NASA-UAP-D4, Apollo 11 Technical Crew Debriefing, 1969
Page 11
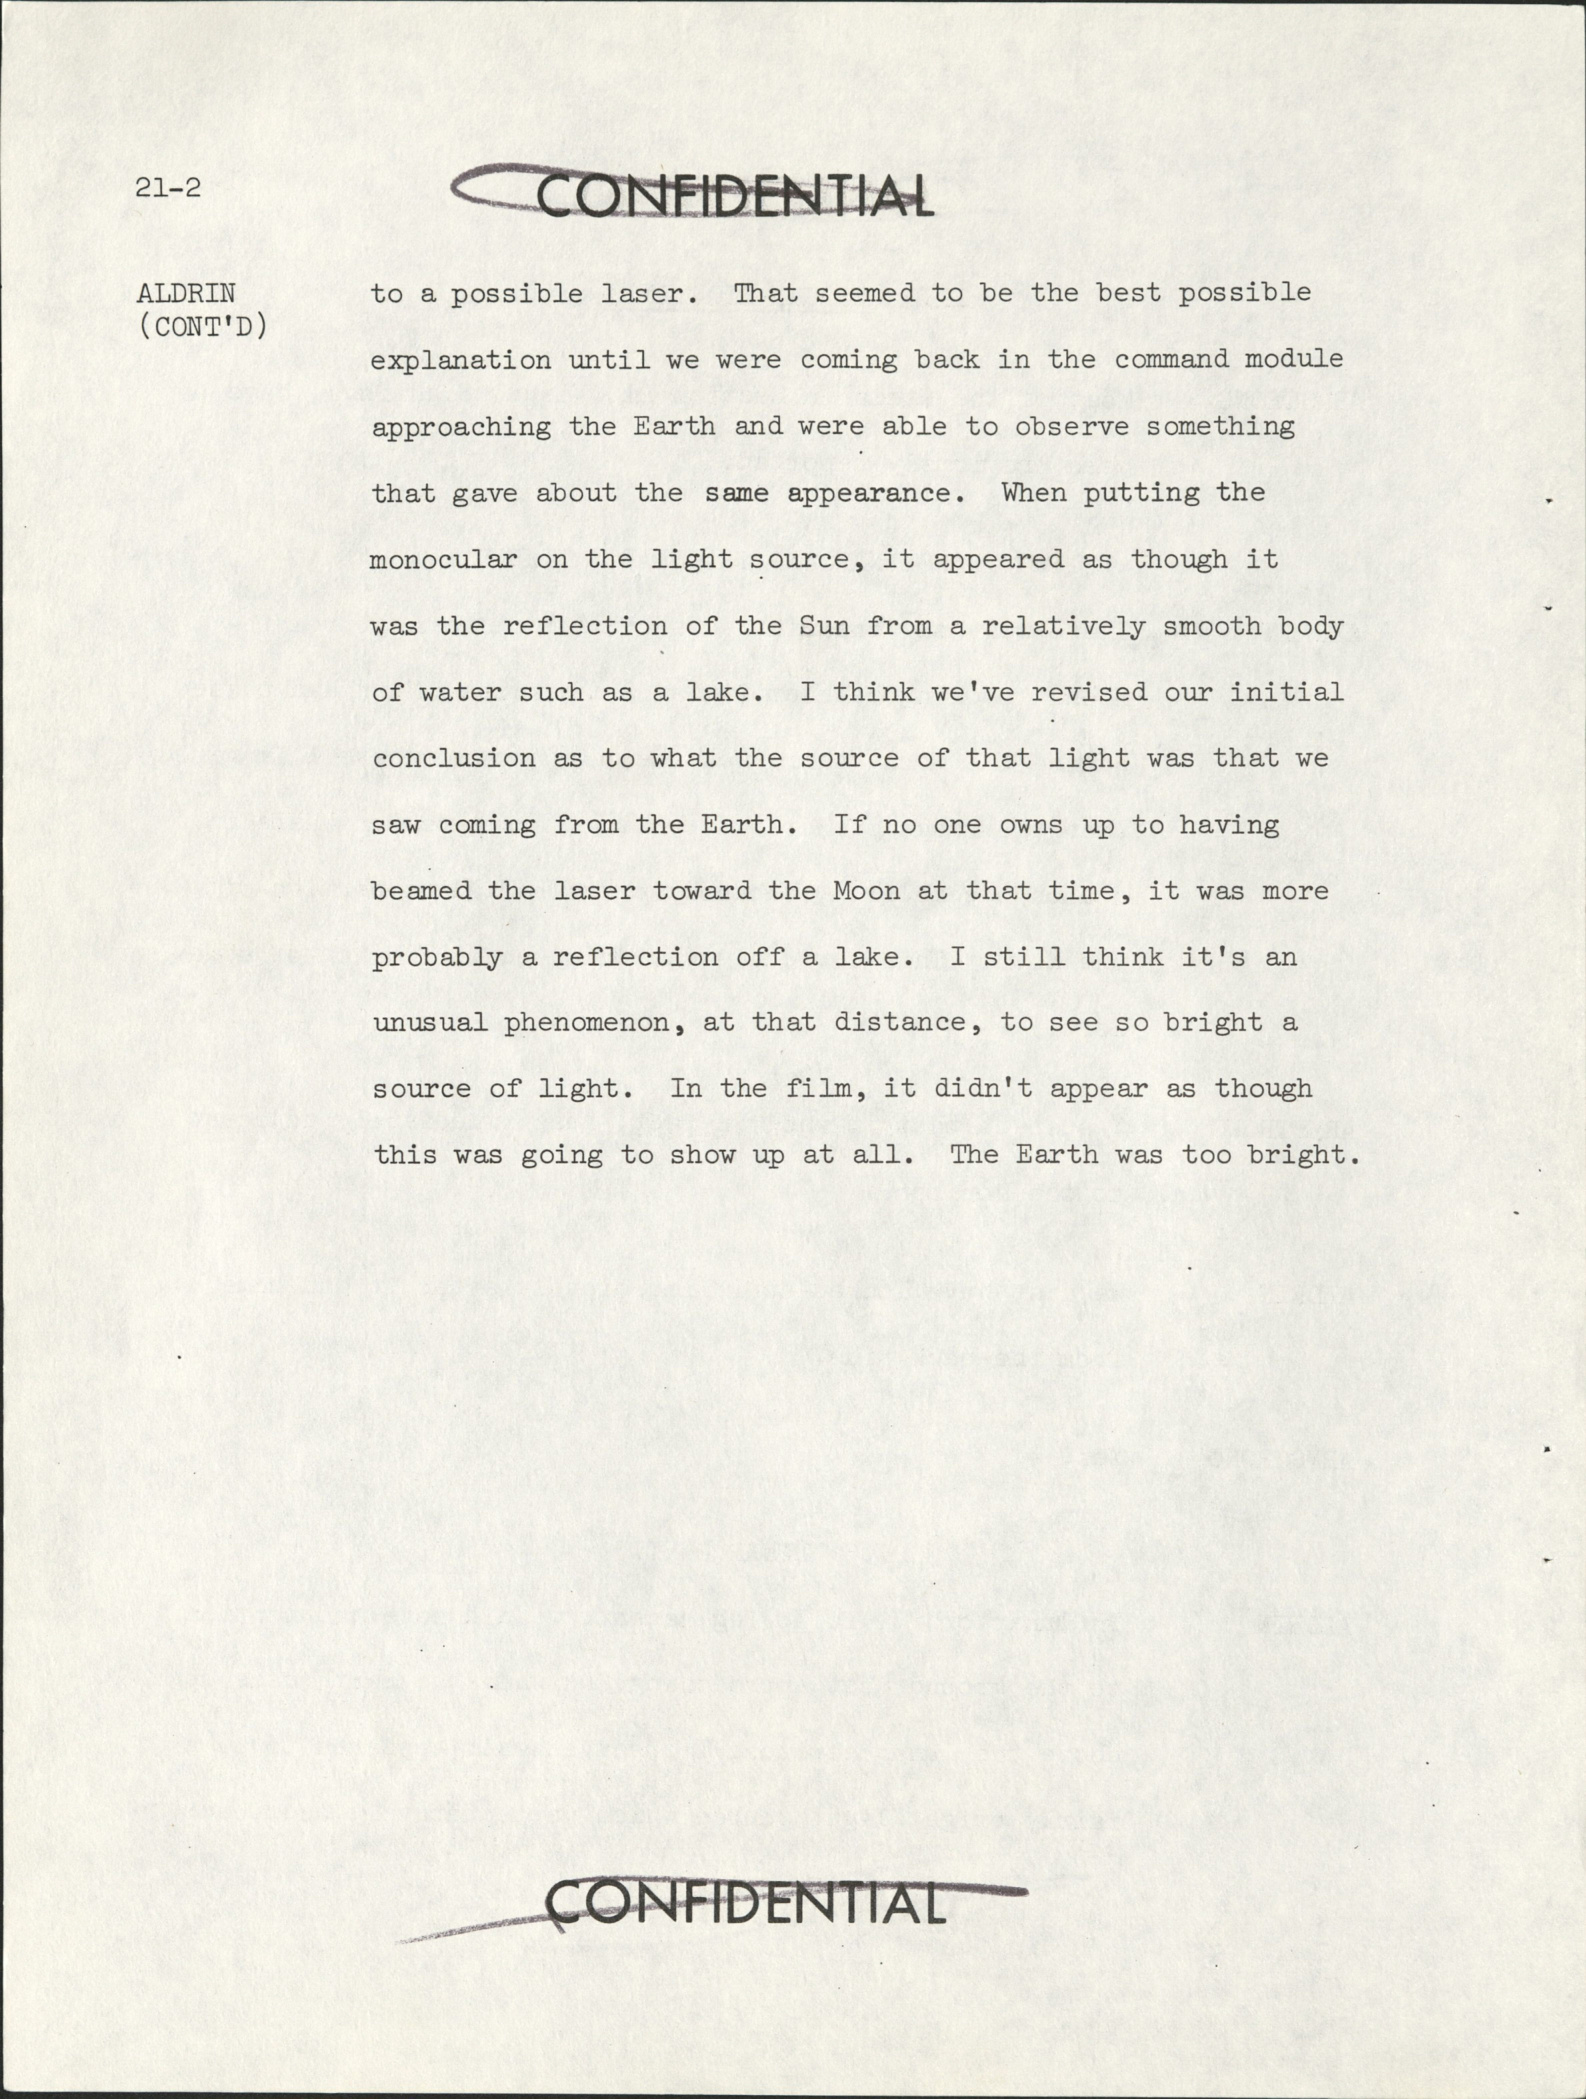